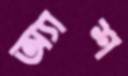
অ্যাশ